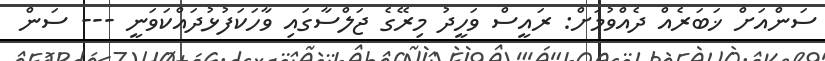
ސަންއަށް ޚަބަރެއް ދެއްވުމަށް: ރައީސް ވަހީދު މިރޭގެ ޖަލްސާގައި ވާހަކަފުޅުދައްކަވަނީ --- ސަން